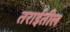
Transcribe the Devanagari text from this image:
तराईतील